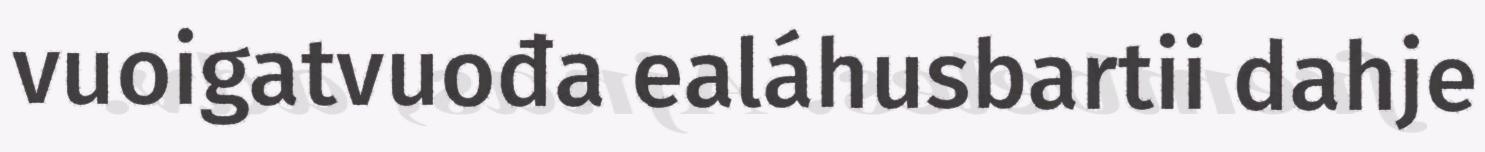
vuoigatvuođa ealáhusbartii dahje